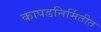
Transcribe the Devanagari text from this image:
कापडनिर्मितीत